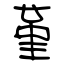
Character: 堇